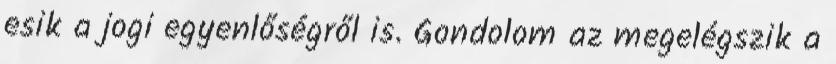
esik a jogi egyenlőségről is. Gondolom az megelégszik a